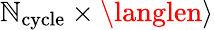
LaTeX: \mathbb{N}_{\mathrm{{cycle}}}\times\langlen\rangle